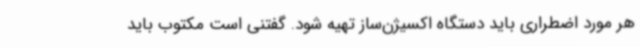
هر مورد اضطراری باید دستگاه اکسیژن‌ساز تهیه شود. گفتنی است مکتوب باید